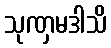
သုဏှမဒါသိ